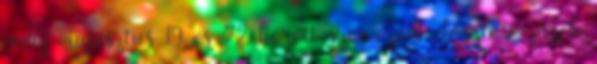
pedig augusztus 19. és 22. között szerveznek elosztást. Azok